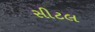
સીટલ